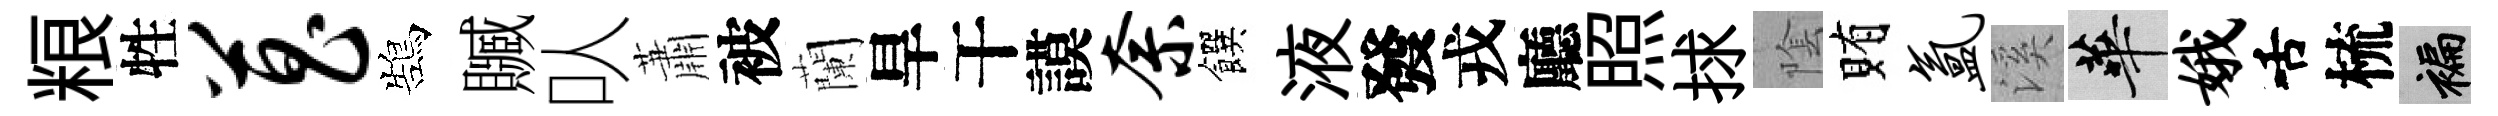
粮牲菖鵠贓㕥蕭被蘭旱干謨奈饌液發戎廳照捄隂賄氲溪華娥舌梳褊